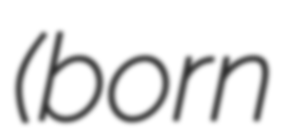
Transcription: (born